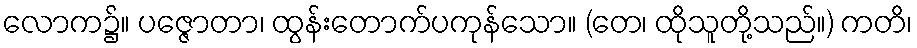
လောက၌။ ပဇ္ဇောတာ၊ ထွန်းတောက်ပကုန်သော။ (တေ၊ ထိုသူတို့သည်။) ကတိ၊